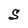
Character: S